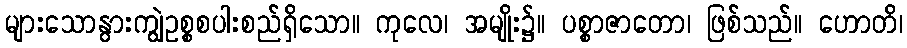
များသောနွားကျွဲဥစ္စစပါးစည်ရှိသော။ ကုလေ၊ အမျိုး၌။ ပစ္စာဇာတော၊ ဖြစ်သည်။ ဟောတိ၊